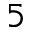
_ { 5 }